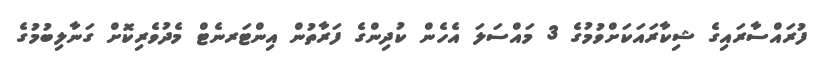
ފުރައްސާރައިގެ ޝިކާރައަކަށްވުމުގެ 3 މައްސަލަ އެހެން ކުދިންގެ ފަރާތުން އިންޓަރނެޓް މެދުވެރިކޮށް ގަނާލިބުމުގެ